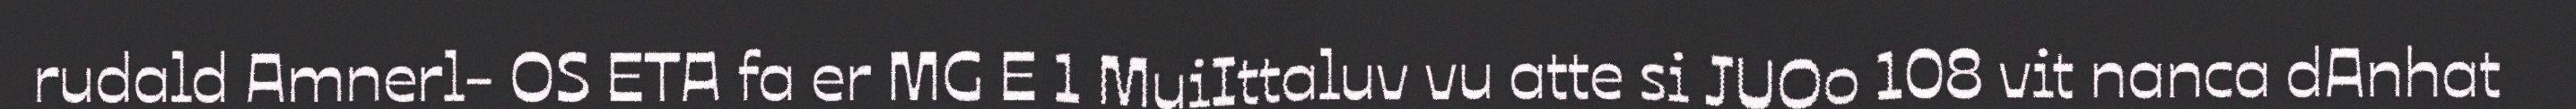
rudald Amnerl- OS ETA fa er MG E 1 MuiIttaluv vu atte si JUOo 108 vit nanca dAnhat